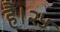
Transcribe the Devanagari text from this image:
है।२५